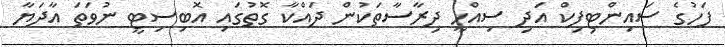
ފަހުގެ ސައިންޓިފިކް އަދި ސިއްހީ ދިރާސާތަކުން ދައްކާ ގޮތުގައި އޮބިސިޓީ ނުވަތަ އާދަޔާ